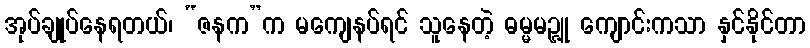
အုပ်ချုပ်နေရတယ်၊ “ဇနက”က မကျေနပ်ရင် သူနေတဲ့ ဓမ္မမဉ္ဇူ ကျောင်းကသာ နှင်နိုင်တာ